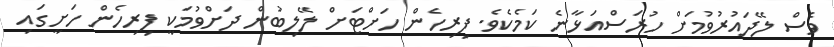
ވެސް ލޭދައުރުވުމަށް ހުރަސްއަޅާނެ ކަމެކެވެ. ފިރިހެން ހަށްޓަށް ލޭލިބުން ދަށްވުމަކީ ފިރިހެން ހަށީގައި